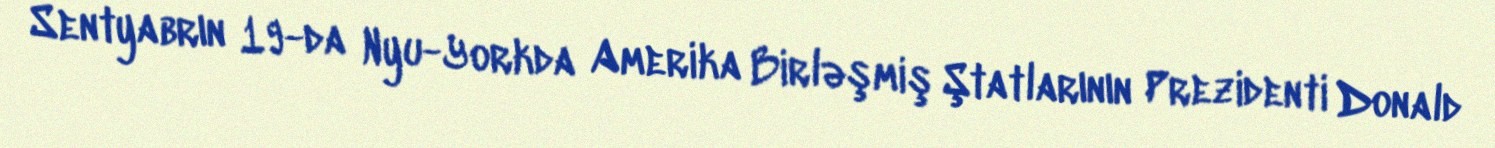
Sentyabrın 19-da Nyu-Yorkda Amerika Birləşmiş Ştatlarının Prezidenti Donald